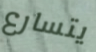
يتسارع